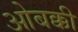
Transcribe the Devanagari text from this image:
ओबक्की